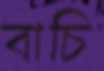
বাচি